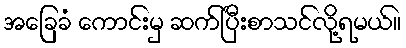
အခြေခံ ကောင်းမှ ဆက်ပြီးစာသင်လို့ရမယ်။